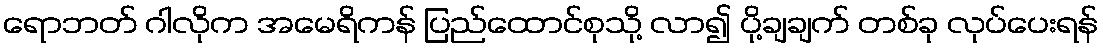
ရောဘတ် ဂါလိုက အမေရိကန် ပြည်ထောင်စုသို့ လာ၍ ပို့ချချက် တစ်ခု လုပ်ပေးရန်